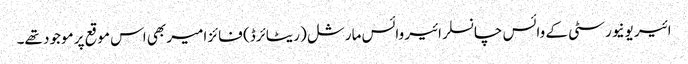
ائیر یونیورسٹی کے وائس چانسلر ائیر وائس مارشل (ریٹائرڈ) فائز امیر بھی اس موقع پر موجود تھے۔